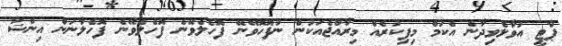
ޕާޓީ އުވާލެވިދާނެ އެކަމް މިފިކުރެއް މިރާއްޖެއަކުން ނުފޮހޮވޭނޭ ފޮހެލެވޭނެ ފޮހެލެވޭނެ ފޮހެލާނަން އިންޝާ